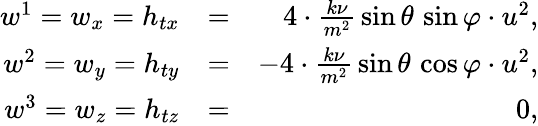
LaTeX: \begin{array}{rlr}{w^{1}=w_{x}=h_{tx}}&{=}&{4\cdot\frac{k\nu}{m^{2}}\, \sin\theta\, \sin\varphi\cdot u^{2},}\\ {w^{2}=w_{y}=h_{ty}}&{=}&{-4\cdot\frac{k\nu}{m^{2}}\, \sin\theta\, \cos\varphi\cdot u^{2},}\\ {w^{3}=w_{z}=h_{tz}}&{=}&{0,}\end{array}